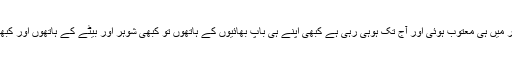
عورت وہ ذات ہے جو ہر دور میں ہی معتوب ہوئی اور آج تک ہوہی رہی ہے کبھی اپنے ہی باپ بھائیوں کے ہاتھوں تو کبھی شوہر اور بیٹے کے ہاتھوں اور کبھی اس معاشرے کے ہاتھوں ۔